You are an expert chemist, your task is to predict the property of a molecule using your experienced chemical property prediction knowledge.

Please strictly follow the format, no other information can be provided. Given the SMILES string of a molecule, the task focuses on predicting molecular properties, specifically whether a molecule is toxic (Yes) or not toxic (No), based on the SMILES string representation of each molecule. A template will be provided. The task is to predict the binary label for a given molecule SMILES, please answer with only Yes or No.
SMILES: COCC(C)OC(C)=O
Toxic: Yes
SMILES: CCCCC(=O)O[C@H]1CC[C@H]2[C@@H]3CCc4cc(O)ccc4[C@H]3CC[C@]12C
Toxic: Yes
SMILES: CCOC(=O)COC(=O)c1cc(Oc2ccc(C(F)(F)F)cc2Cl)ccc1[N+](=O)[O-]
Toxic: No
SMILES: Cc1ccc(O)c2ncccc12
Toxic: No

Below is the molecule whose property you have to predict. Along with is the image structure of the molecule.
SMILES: O=C([O-])[C@H]1/C(=C/CO)O[C@@H]2CC(=O)N21
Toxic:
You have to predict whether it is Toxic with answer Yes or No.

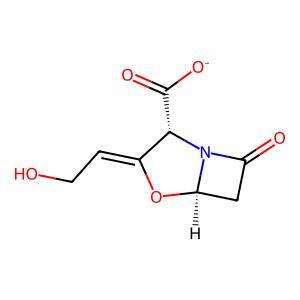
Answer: No